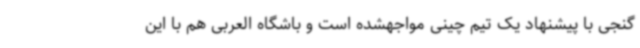
گنجی با پیشنهاد یک تیم چینی مواجهشده است و باشگاه العربی هم با این